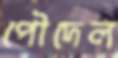
পৌদেল